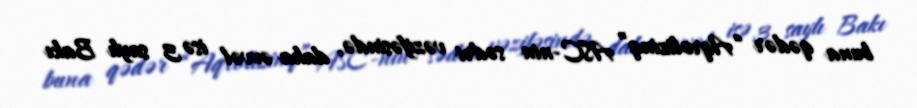
buna qədər “Aqrolizinq” ASC-nin sədri vəzifəsində, daha əvvəl isə 3 saylı Bakı